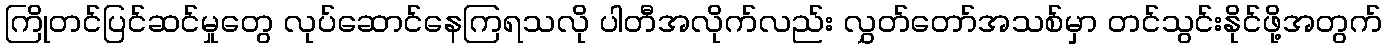
ကြိုတင်ပြင်ဆင်မှုတွေ လုပ်ဆောင်နေကြရသလို ပါတီအလိုက်လည်း လွှတ်တော်အသစ်မှာ တင်သွင်းနိုင်ဖို့အတွက်